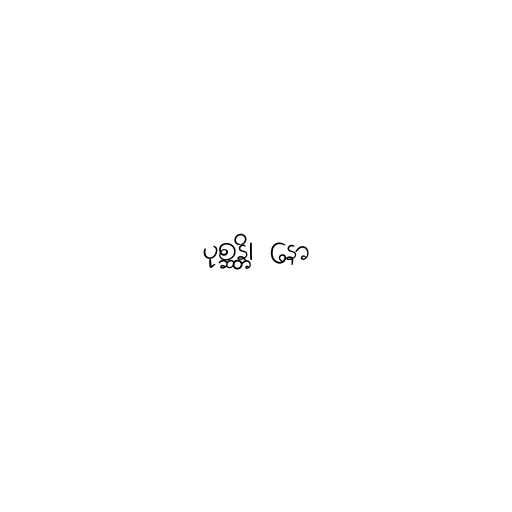
ပုစ္ဆန္တိ၊ နော